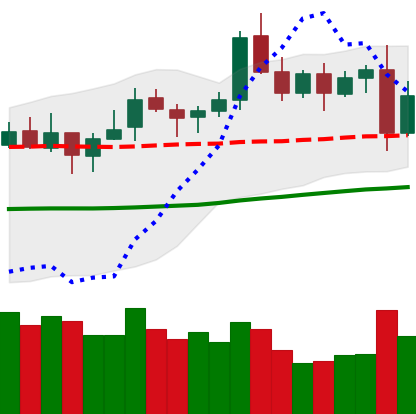
Ticker: LTC-USD
Chart end date: 2021-10-28
Forward return: 5.657%
Label: up_5_7